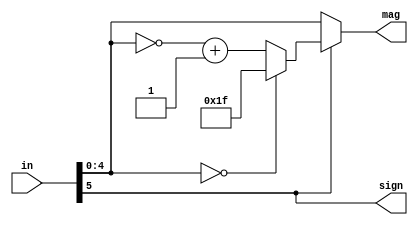
`timescale 1ns / 1ps
//////////////////////////////////////////////////////////////////////////////////
// Company: 
// Engineer: 
// 
// Design Name: 
// Module Name: Absoluter_adder
// Project Name: 
// Target Devices: 
// Tool Versions: 
// Description: 
// 
// Dependencies: 
// 
// Revision:
// Revision 0.01 - File Created
// Additional Comments:
// 
//////////////////////////////////////////////////////////////////////////////////


module Absoluter_adder(
        sign,
        mag,
        in
    );
    parameter w = 6;
    
    output sign;
    output reg [w-2:0]mag;
    input [w-1:0]in;
    
    assign sign = in[w-1];
    always @(*)begin
        if(in[w-1])begin
                if( in[w-2:0] == {1'b0,{(w-2){1'b0}}}) begin
                        mag = {1'b1,{(w-2){1'b1}}};
            end
            else begin
                mag = ~in[w-2:0] + 1'b1;
            end
        end
        else begin
            mag = in[w-2:0];
        end
    end
endmodule